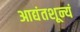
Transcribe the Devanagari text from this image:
आद्यंतशून्यं